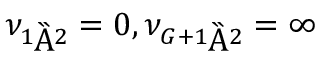
\nu _ { { 1 \mathord { \left/ { \vphantom { 1 2 } } \right. \kern - \nulldelimiterspace } 2 } } = 0 , \nu _ { { G + 1 \mathord { \left/ { \vphantom { G + 1 2 } } \right. \kern - \nulldelimiterspace } 2 } } = \infty